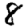
Digit: 8